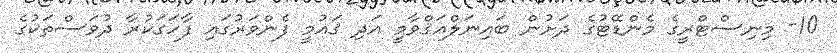
10- މިނިސްޓްރީގެ މެންޑޭޓުގެ ދަށުން ބައިނަލްއަޤްވާމީ އަދި ޤައުމީ ފެންވަރުގައި ފާހަގަކުރާ ދުވަސްތަކުގެ